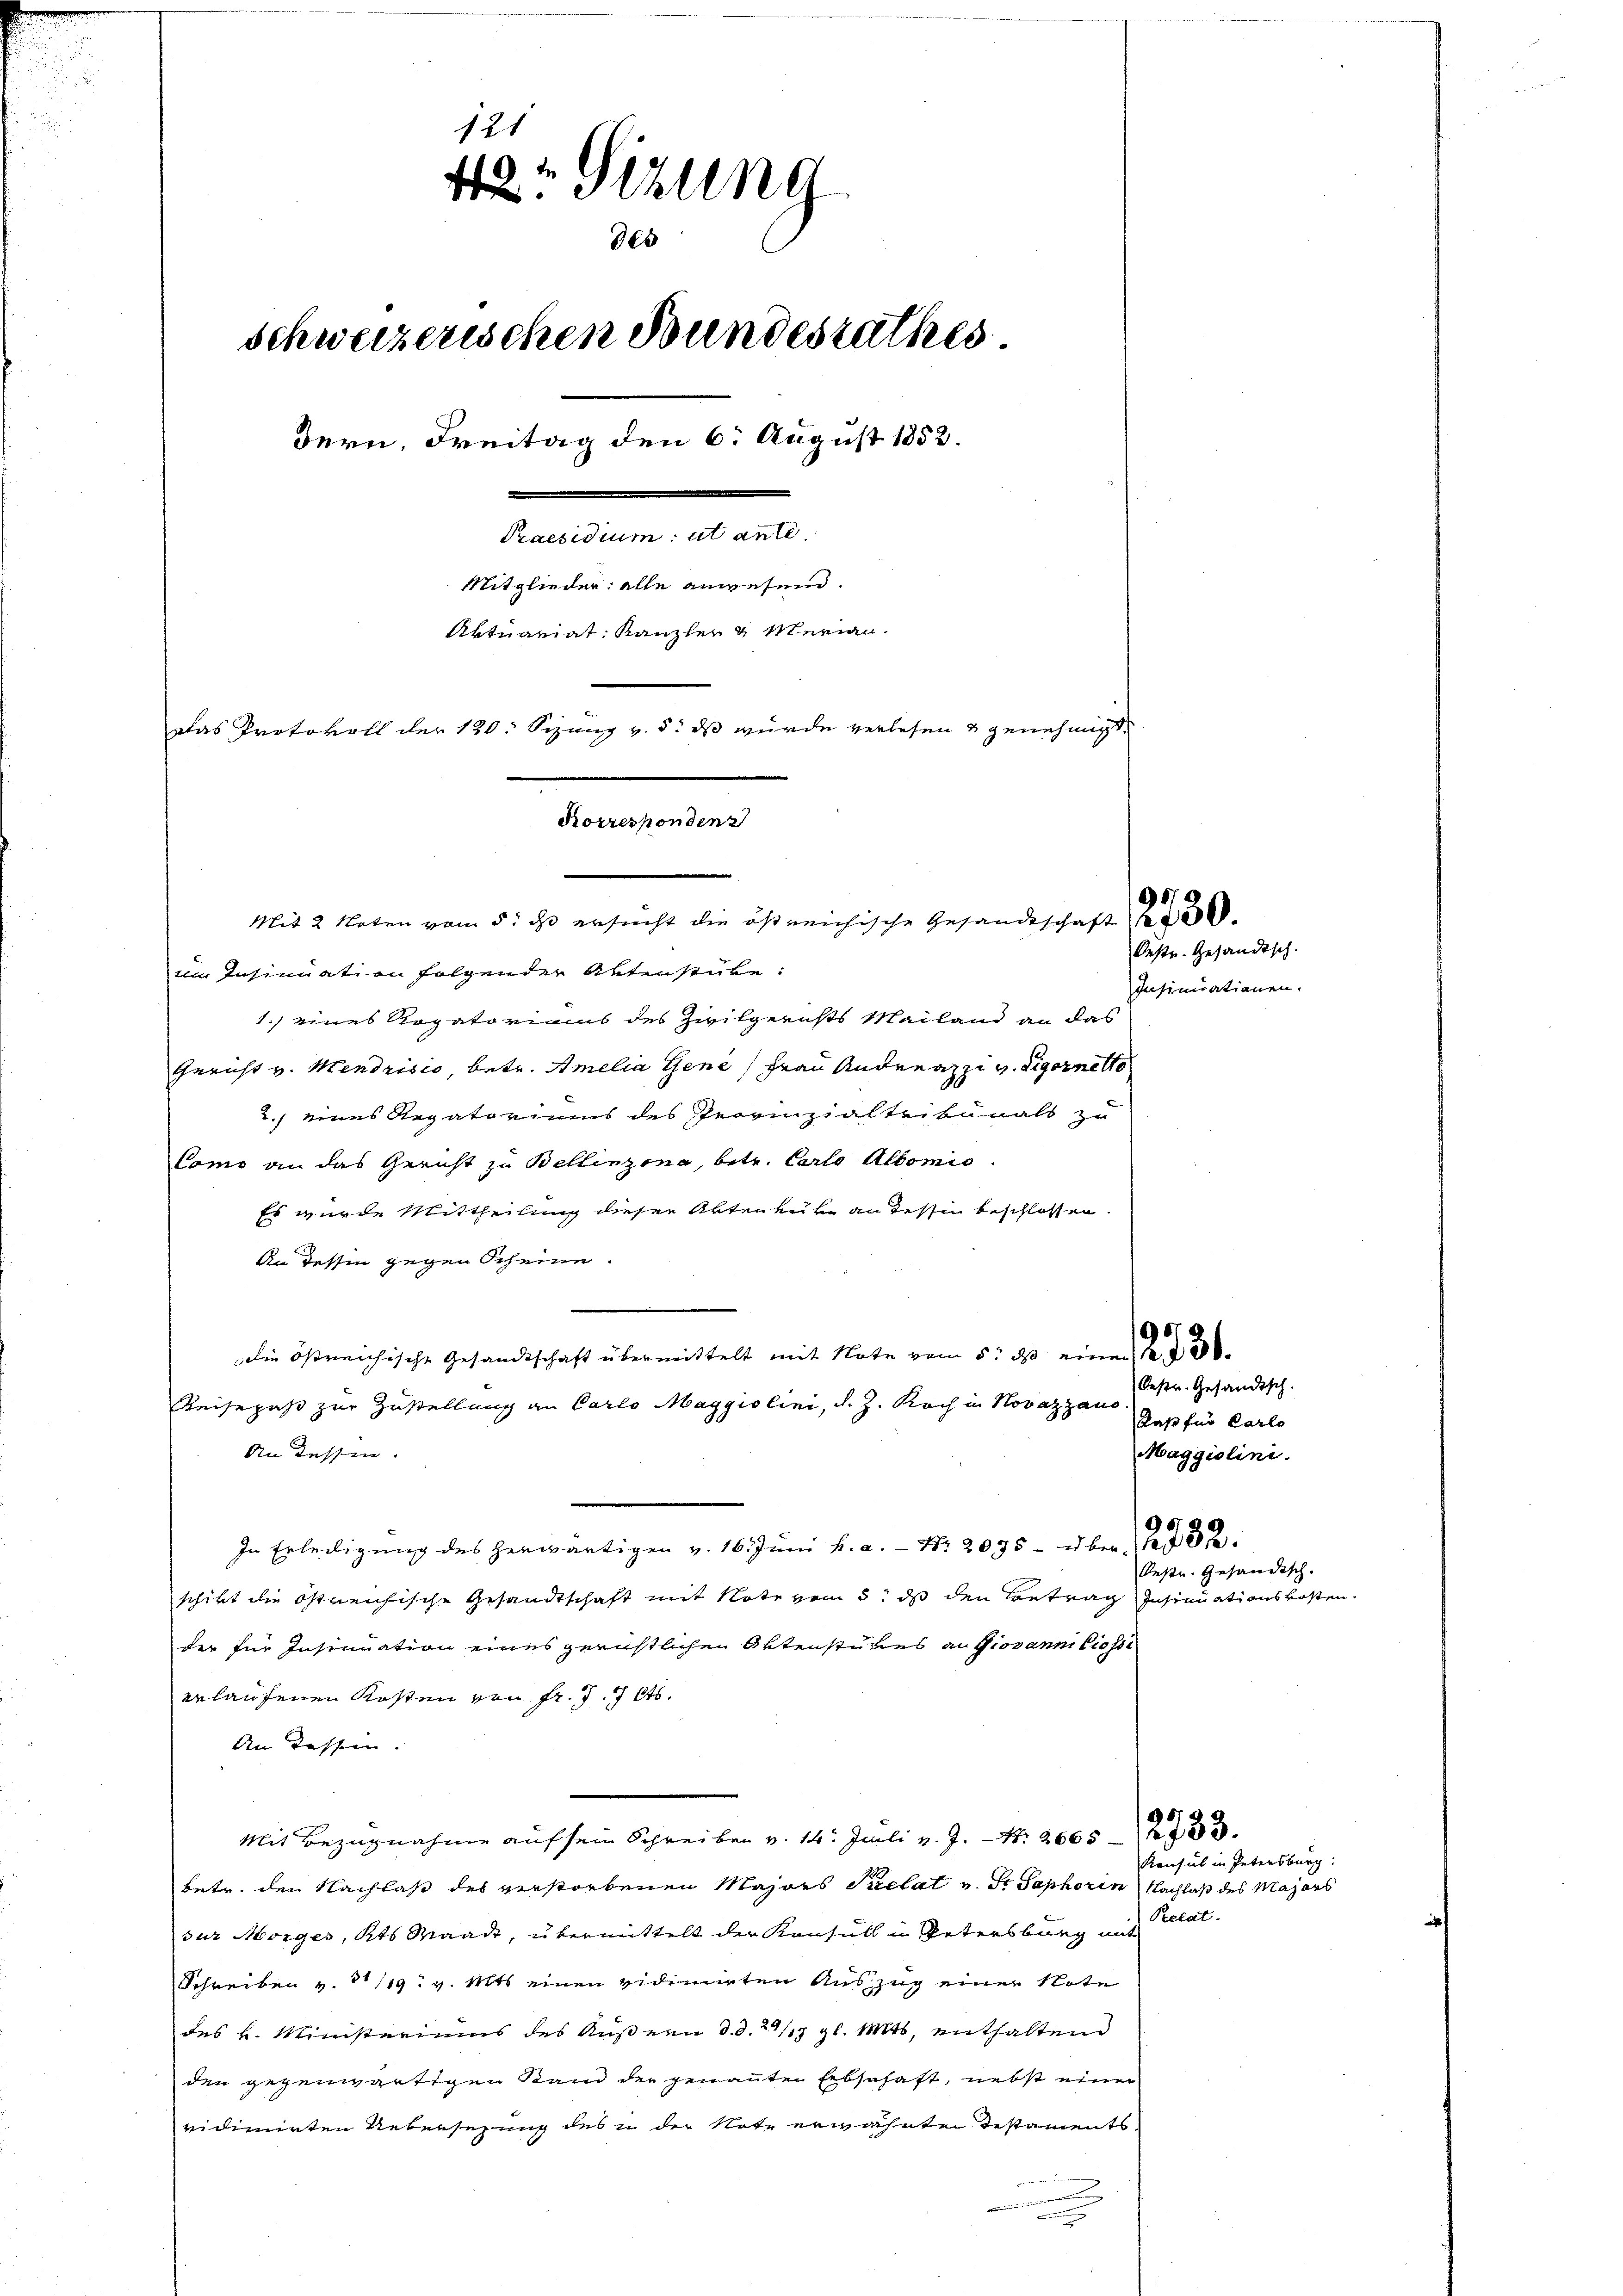
121
42: Sizung
des
schweizerischen Bundesrathes
Bern, Freitag den 6. August 1853.
Praesidium et ante
Mitglieder alle anwesend.
Aktuariat Kanzler & Merian.
Das Protokoll der 120. Sizung v. 5. ds wurde verlesen & genehmigt.
Korrespondenz

Mit 2 Naten vom 5. ds ersucht die östreichische Gesandtschaft 2 f 30.
im Insinuation folgender Aktenstube:
1.) eines Rogatoriums des Zivilgerichts Mailand an das
Gericht v. Mendrisio, betr. Amelia Gene Frau Andreazzi v. Rigornetto
2. eines Regatoriums des Provinzialteibunals zu
Como an das Gericht zu Bellinzona, betr. Carlo Albomis
Es wurde Mittheilung dieser Akten tute an dessin beschlossen.
An dessen gegen Scheine.
Die östreichische Gesandtschaft übermittelt mit Note vom 5. ds einen
Reisepaß zur Zustellung an Carlo Maggiolini, d. J. Koch in Novazzaus
An dessen.
In Erledigŭng des herwärtigen v. 16. Jŭni h. a. Nr. 2075 - über 1832.
schikt die Ostreichische Gesandtschaft mit Note vom 5. ds den Betrag Insinuationskosten
der für Insinuation eines gerichtlichen Ortenstüres an Giovann liesse
erlaufenen Kosten von fr. 77 Cts.
An dessein.
Mit Bezugnahme auf sein Schreiben v. 14. Juli v. J. Nr. 2665
betr. den Nachlaß des verstorbenen Majors Puelat v. Fr. Saphorin Nachlaß des Majors
sur Morges, Kts Waadt, übermittelt der Konsuls in Petersburg mit
Schreiben v. 31/19. v. Mts einen vidimirten Auszug einer Note
des L. Ministeriums des Äußern d. d. 27/1 gl. Mts, enthaltend
den gegenwärtigen Stand der genannten Erbschaft, nebst einen
vidimirten Uebersezung des u der Note erwähnte Testaments
.

Oestr. Gesandtsch.
Insinuationen.

Oestr. Gesandtsch.
Laß für Carle
Maggiolini.

Reste Gesandisch.

Konsul in Petersburg
Prelat

9